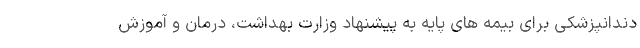
دندانپزشکی برای بیمه های پایه به پیشنهاد وزارت بهداشت، درمان و آموزش